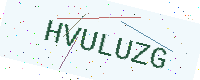
Text: HVULUZG